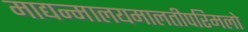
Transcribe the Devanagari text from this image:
माद्यन्मालयमालतीपरिमलो